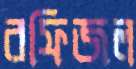
রফিজল